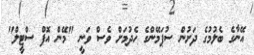
އޭނާގެ ބެލުމުގެ ދަށުން ސުޕަމޭންގެ ހެދުމަށް ވެސް ވަނީ "މޭން އޮފް ސްޓީލް"